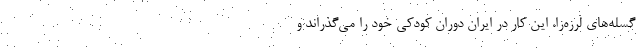
گسله‌های لرزه‌زا، این کار در ایران دوران کودکی خود را می‌گذراند و